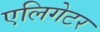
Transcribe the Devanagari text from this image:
एलिगेटर